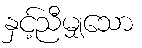
နှင့်ညီမျှသော